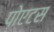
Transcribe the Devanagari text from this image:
पोएटस